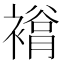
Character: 𧜲